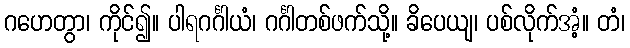
ဂဟေတွာ၊ ကိုင်၍။ ပါရဂင်္ဂါယံ၊ ဂင်္ဂါတစ်ဖက်သို့။ ခိပေယျ၊ ပစ်လိုက်အံ့။ တံ၊